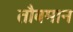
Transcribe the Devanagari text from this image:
तौबमान